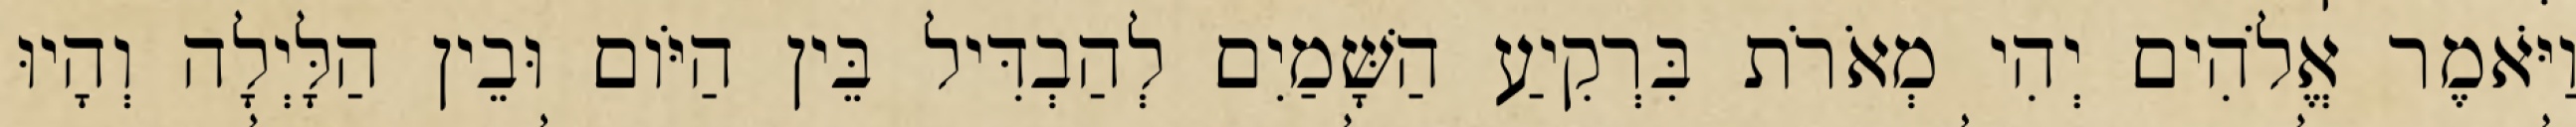
וַיֹּאמֶר אֱלֹהִים יְהִי מְאֹרֹת בִּרְקִיעַ הַשָּׁמַיִם לְהַבְדִּיל בֵּין הַיֹּום וּבֵין הַלָּיְלָה וְהָיוּ